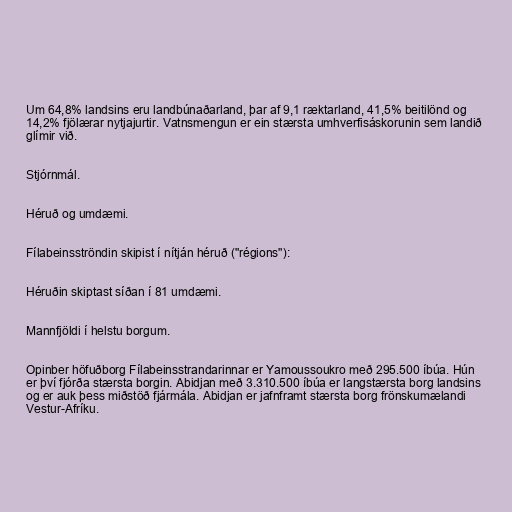
Um 64,8% landsins eru landbúnaðarland, þar af 9,1 ræktarland, 41,5% beitilönd og
14,2% fjölærar nytjajurtir. Vatnsmengun er ein stærsta umhverfisáskorunin sem landið
glímir við.

Stjórnmál.

Héruð og umdæmi.

Fílabeinsströndin skipist í nítján héruð ("régions"):

Héruðin skiptast síðan í 81 umdæmi.

Mannfjöldi í helstu borgum.

Opinber höfuðborg Fílabeinsstrandarinnar er Yamoussoukro með 295.500 íbúa. Hún
er því fjórða stærsta borgin. Abidjan með 3.310.500 íbúa er langstærsta borg landsins
og er auk þess miðstöð fjármála. Abidjan er jafnframt stærsta borg frönskumælandi
Vestur-Afríku.